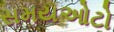
સમયઓટો